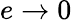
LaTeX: e\to 0